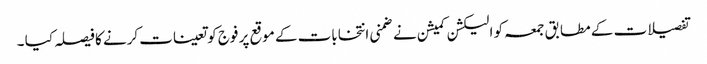
تفصیلات کے مطابق جمعہ کو الیکشن کمیشن نے ضمنی انتخابات کے موقع پر فوج کو تعینات کرنے کا فیصلہ کیا ۔